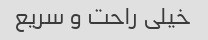
خیلی راحت و سریع